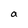
Character: a